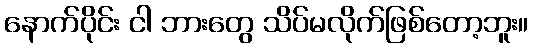
နောက်ပိုင်း ငါ ဘားတွေ သိပ်မလိုက်ဖြစ်တော့ဘူး။